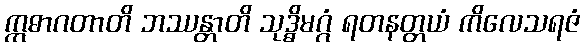
ဣဓာဂတာတိ ဘဿန္တာတိ သုဒ္ဓိမဂ္ဂံ ရတနတ္တယံ ကိလေသရဇံ